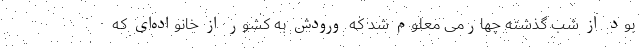
بود از شب گذشته چهارمی معلوم شد که ورودش به کشور از خانواده‌ای که